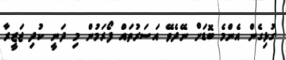
ގުޅިގެން އެންމެ ބޮޑަށް ނޭދެވޭ އަސަރުތައް ފޯރަމުން މި ދަނީ ކުދި ޖަޒީރާ